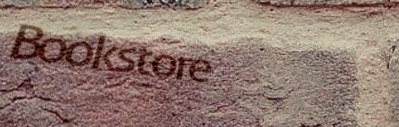
Bookstore